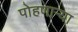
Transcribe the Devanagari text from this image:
पोहणाऱ्या